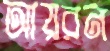
আয়রন